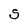
Character: S